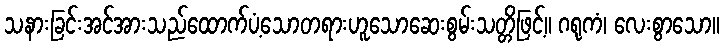
သနားခြင်းအင်အားသည်ထောက်ပံ့သောတရားဟူသောဆေးစွမ်းသတ္တိဖြင့်။ ဂရုကံ၊ လေးစွာသော။